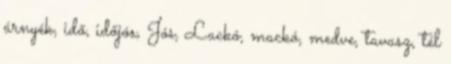
árnyék, idő, időjós, Jós, Lackó, mackó, medve, tavasz, tél